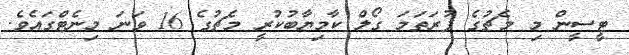
ޓީސީން މި މެޗުގެ ފުރަތަމަ ގޯލް ކާމިޔާބުކުރީ މެޗުގެ 16 ވަނަ މިނެޓްގައެވެ.